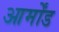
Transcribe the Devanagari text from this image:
आर्मोंड